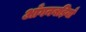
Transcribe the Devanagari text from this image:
आँगनबड़ियाँ